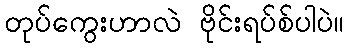
တုပ်ကွေးဟာလဲ ဗိုင်းရပ်စ်ပါပဲ။